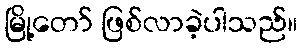
မြို့တော် ဖြစ်လာခဲ့ပါသည်။